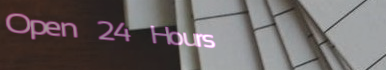
Open 24 Hours